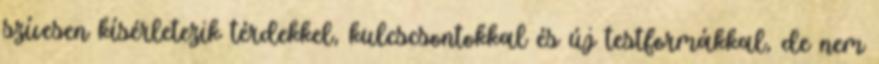
szívesen kísérletezik térdekkel, kulcscsontokkal és új testformákkal, de nem